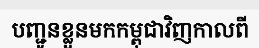
បញ្ជូនខ្លួនមកកម្ពុជាវិញកាលពី